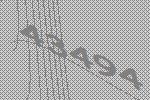
43494